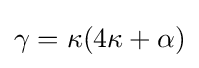
\gamma =\kappa (4\kappa +\alpha )